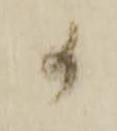
か